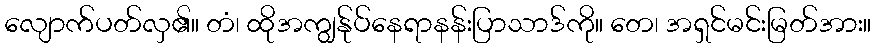
လျောက်ပတ်လှ၏။ တံ၊ ထိုအကျွန်ုပ်နေရာနန်းပြာသာဒ်ကို။ တေ၊ အရှင်မင်းမြတ်အား။